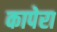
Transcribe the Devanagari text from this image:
कापेरा